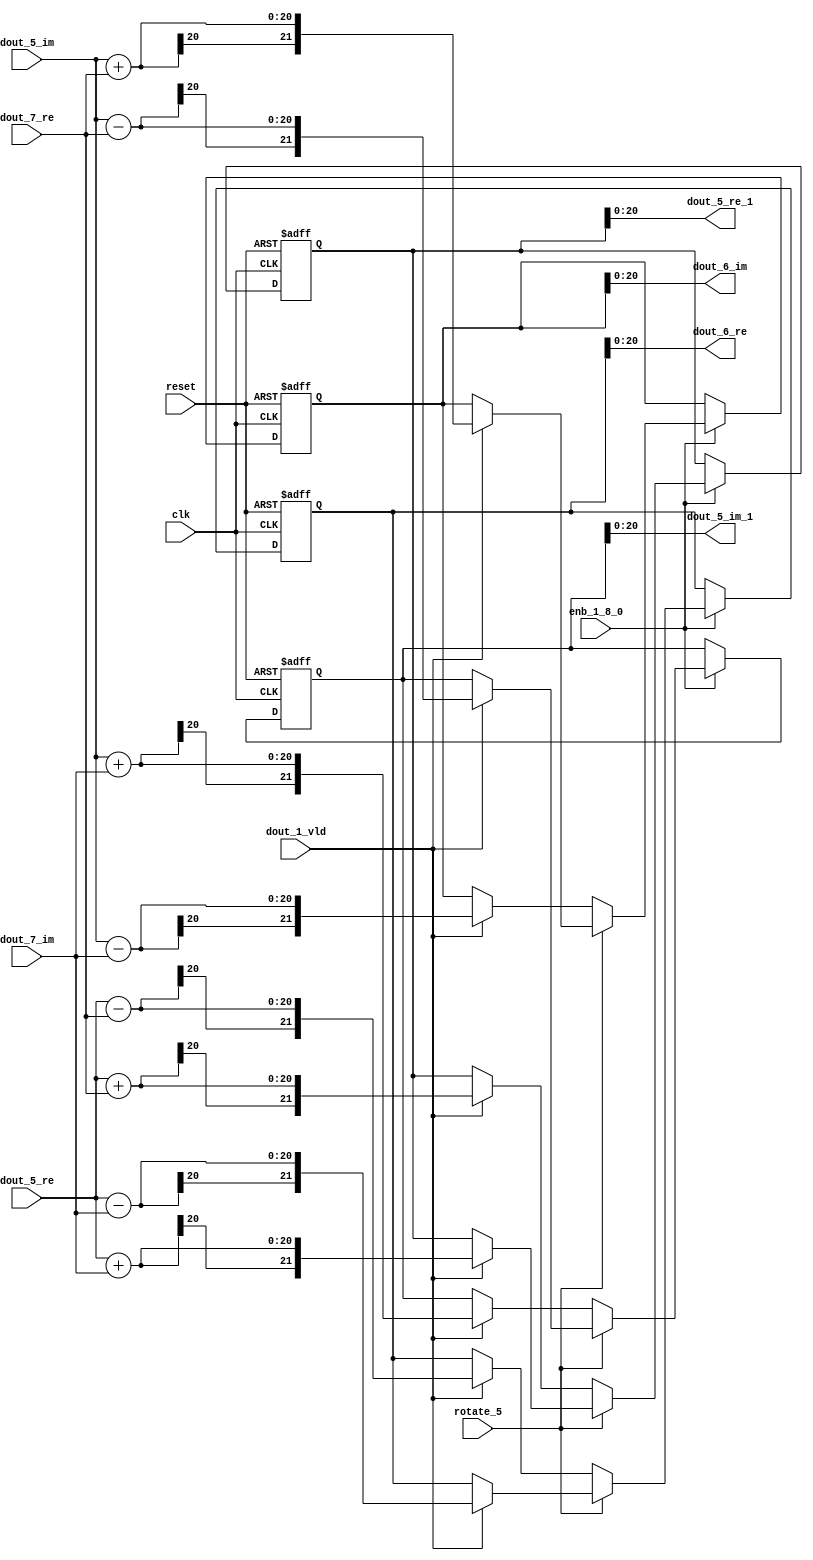
// -------------------------------------------------------------
// 
// 
// Generated by MATLAB 9.13 and HDL Coder 4.0
// 
// -------------------------------------------------------------


// -------------------------------------------------------------
// 
// Module: RADIX22FFT_SDNF2_4_block1
// Source Path: joe_fft/FFT/RADIX22FFT_SDNF2_4
// Hierarchy Level: 2
// 
// -------------------------------------------------------------

`timescale 1 ns / 1 ns

module RADIX22FFT_SDNF2_4_block1
          (clk,
           reset,
           enb_1_8_0,
           rotate_5,
           dout_5_re,
           dout_5_im,
           dout_7_re,
           dout_7_im,
           dout_1_vld,
           dout_5_re_1,
           dout_5_im_1,
           dout_6_re,
           dout_6_im);


  input   clk;
  input   reset;
  input   enb_1_8_0;
  input   rotate_5;  // ufix1
  input   signed [19:0] dout_5_re;  // sfix20
  input   signed [19:0] dout_5_im;  // sfix20
  input   signed [19:0] dout_7_re;  // sfix20
  input   signed [19:0] dout_7_im;  // sfix20
  input   dout_1_vld;
  output  signed [20:0] dout_5_re_1;  // sfix21
  output  signed [20:0] dout_5_im_1;  // sfix21
  output  signed [20:0] dout_6_re;  // sfix21
  output  signed [20:0] dout_6_im;  // sfix21


  wire signed [20:0] din1_re;  // sfix21
  wire signed [20:0] din1_im;  // sfix21
  wire signed [20:0] din2_re;  // sfix21
  wire signed [20:0] din2_im;  // sfix21
  reg  Radix22ButterflyG2_NF_din_vld_dly;
  reg signed [21:0] Radix22ButterflyG2_NF_btf1_re_reg;  // sfix22
  reg signed [21:0] Radix22ButterflyG2_NF_btf1_im_reg;  // sfix22
  reg signed [21:0] Radix22ButterflyG2_NF_btf2_re_reg;  // sfix22
  reg signed [21:0] Radix22ButterflyG2_NF_btf2_im_reg;  // sfix22
  reg  Radix22ButterflyG2_NF_din_vld_dly_next;
  reg signed [21:0] Radix22ButterflyG2_NF_btf1_re_reg_next;  // sfix22
  reg signed [21:0] Radix22ButterflyG2_NF_btf1_im_reg_next;  // sfix22
  reg signed [21:0] Radix22ButterflyG2_NF_btf2_re_reg_next;  // sfix22
  reg signed [21:0] Radix22ButterflyG2_NF_btf2_im_reg_next;  // sfix22
  reg signed [20:0] dout_5_re_2;  // sfix21
  reg signed [20:0] dout_5_im_2;  // sfix21
  reg signed [20:0] dout_6_re_1;  // sfix21
  reg signed [20:0] dout_6_im_1;  // sfix21
  reg  dout_4_vld;
  reg signed [21:0] Radix22ButterflyG2_NF_t_0_0;  // sfix22
  reg signed [21:0] Radix22ButterflyG2_NF_t_1;  // sfix22
  reg signed [21:0] Radix22ButterflyG2_NF_t_2_0;  // sfix22
  reg signed [21:0] Radix22ButterflyG2_NF_t_3;  // sfix22
  reg signed [21:0] Radix22ButterflyG2_NF_t_4_0;  // sfix22
  reg signed [21:0] Radix22ButterflyG2_NF_t_5;  // sfix22
  reg signed [21:0] Radix22ButterflyG2_NF_t_6_0;  // sfix22
  reg signed [21:0] Radix22ButterflyG2_NF_t_7;  // sfix22
  reg signed [21:0] Radix22ButterflyG2_NF_t_8_0;  // sfix22
  reg signed [21:0] Radix22ButterflyG2_NF_t_9;  // sfix22
  reg signed [21:0] Radix22ButterflyG2_NF_t_10;  // sfix22
  reg signed [21:0] Radix22ButterflyG2_NF_t_11;  // sfix22
  reg signed [21:0] Radix22ButterflyG2_NF_t_12;  // sfix22
  reg signed [21:0] Radix22ButterflyG2_NF_t_13;  // sfix22
  reg signed [21:0] Radix22ButterflyG2_NF_t_14;  // sfix22
  reg signed [21:0] Radix22ButterflyG2_NF_t_15;  // sfix22


  assign din1_re = {dout_5_re[19], dout_5_re};



  assign din1_im = {dout_5_im[19], dout_5_im};



  assign din2_re = {dout_7_re[19], dout_7_re};



  assign din2_im = {dout_7_im[19], dout_7_im};



  // Radix22ButterflyG2_NF
  always @(posedge clk or posedge reset)
    begin : Radix22ButterflyG2_NF_process
      if (reset == 1'b1) begin
        Radix22ButterflyG2_NF_din_vld_dly <= 1'b0;
        Radix22ButterflyG2_NF_btf1_re_reg <= 22'sb0000000000000000000000;
        Radix22ButterflyG2_NF_btf1_im_reg <= 22'sb0000000000000000000000;
        Radix22ButterflyG2_NF_btf2_re_reg <= 22'sb0000000000000000000000;
        Radix22ButterflyG2_NF_btf2_im_reg <= 22'sb0000000000000000000000;
      end
      else begin
        if (enb_1_8_0) begin
          Radix22ButterflyG2_NF_din_vld_dly <= Radix22ButterflyG2_NF_din_vld_dly_next;
          Radix22ButterflyG2_NF_btf1_re_reg <= Radix22ButterflyG2_NF_btf1_re_reg_next;
          Radix22ButterflyG2_NF_btf1_im_reg <= Radix22ButterflyG2_NF_btf1_im_reg_next;
          Radix22ButterflyG2_NF_btf2_re_reg <= Radix22ButterflyG2_NF_btf2_re_reg_next;
          Radix22ButterflyG2_NF_btf2_im_reg <= Radix22ButterflyG2_NF_btf2_im_reg_next;
        end
      end
    end

  always @(Radix22ButterflyG2_NF_btf1_im_reg, Radix22ButterflyG2_NF_btf1_re_reg,
       Radix22ButterflyG2_NF_btf2_im_reg, Radix22ButterflyG2_NF_btf2_re_reg,
       Radix22ButterflyG2_NF_din_vld_dly, din1_im, din1_re, din2_im, din2_re,
       dout_1_vld, rotate_5) begin
    Radix22ButterflyG2_NF_t_0_0 = 22'sb0000000000000000000000;
    Radix22ButterflyG2_NF_t_1 = 22'sb0000000000000000000000;
    Radix22ButterflyG2_NF_t_2_0 = 22'sb0000000000000000000000;
    Radix22ButterflyG2_NF_t_3 = 22'sb0000000000000000000000;
    Radix22ButterflyG2_NF_t_4_0 = 22'sb0000000000000000000000;
    Radix22ButterflyG2_NF_t_5 = 22'sb0000000000000000000000;
    Radix22ButterflyG2_NF_t_6_0 = 22'sb0000000000000000000000;
    Radix22ButterflyG2_NF_t_7 = 22'sb0000000000000000000000;
    Radix22ButterflyG2_NF_t_8_0 = 22'sb0000000000000000000000;
    Radix22ButterflyG2_NF_t_9 = 22'sb0000000000000000000000;
    Radix22ButterflyG2_NF_t_10 = 22'sb0000000000000000000000;
    Radix22ButterflyG2_NF_t_11 = 22'sb0000000000000000000000;
    Radix22ButterflyG2_NF_t_12 = 22'sb0000000000000000000000;
    Radix22ButterflyG2_NF_t_13 = 22'sb0000000000000000000000;
    Radix22ButterflyG2_NF_t_14 = 22'sb0000000000000000000000;
    Radix22ButterflyG2_NF_t_15 = 22'sb0000000000000000000000;
    Radix22ButterflyG2_NF_btf1_re_reg_next = Radix22ButterflyG2_NF_btf1_re_reg;
    Radix22ButterflyG2_NF_btf1_im_reg_next = Radix22ButterflyG2_NF_btf1_im_reg;
    Radix22ButterflyG2_NF_btf2_re_reg_next = Radix22ButterflyG2_NF_btf2_re_reg;
    Radix22ButterflyG2_NF_btf2_im_reg_next = Radix22ButterflyG2_NF_btf2_im_reg;
    Radix22ButterflyG2_NF_din_vld_dly_next = dout_1_vld;
    if (rotate_5 != 1'b0) begin
      if (dout_1_vld) begin
        Radix22ButterflyG2_NF_t_0_0 = {din1_re[20], din1_re};
        Radix22ButterflyG2_NF_t_1 = {din2_im[20], din2_im};
        Radix22ButterflyG2_NF_btf1_re_reg_next = Radix22ButterflyG2_NF_t_0_0 + Radix22ButterflyG2_NF_t_1;
        Radix22ButterflyG2_NF_t_2_0 = {din1_re[20], din1_re};
        Radix22ButterflyG2_NF_t_3 = {din2_im[20], din2_im};
        Radix22ButterflyG2_NF_btf2_re_reg_next = Radix22ButterflyG2_NF_t_2_0 - Radix22ButterflyG2_NF_t_3;
        Radix22ButterflyG2_NF_t_4_0 = {din1_im[20], din1_im};
        Radix22ButterflyG2_NF_t_5 = {din2_re[20], din2_re};
        Radix22ButterflyG2_NF_btf2_im_reg_next = Radix22ButterflyG2_NF_t_4_0 + Radix22ButterflyG2_NF_t_5;
        Radix22ButterflyG2_NF_t_6_0 = {din1_im[20], din1_im};
        Radix22ButterflyG2_NF_t_7 = {din2_re[20], din2_re};
        Radix22ButterflyG2_NF_btf1_im_reg_next = Radix22ButterflyG2_NF_t_6_0 - Radix22ButterflyG2_NF_t_7;
      end
    end
    else if (dout_1_vld) begin
      Radix22ButterflyG2_NF_t_8_0 = {din1_re[20], din1_re};
      Radix22ButterflyG2_NF_t_9 = {din2_re[20], din2_re};
      Radix22ButterflyG2_NF_btf1_re_reg_next = Radix22ButterflyG2_NF_t_8_0 + Radix22ButterflyG2_NF_t_9;
      Radix22ButterflyG2_NF_t_10 = {din1_re[20], din1_re};
      Radix22ButterflyG2_NF_t_11 = {din2_re[20], din2_re};
      Radix22ButterflyG2_NF_btf2_re_reg_next = Radix22ButterflyG2_NF_t_10 - Radix22ButterflyG2_NF_t_11;
      Radix22ButterflyG2_NF_t_12 = {din1_im[20], din1_im};
      Radix22ButterflyG2_NF_t_13 = {din2_im[20], din2_im};
      Radix22ButterflyG2_NF_btf1_im_reg_next = Radix22ButterflyG2_NF_t_12 + Radix22ButterflyG2_NF_t_13;
      Radix22ButterflyG2_NF_t_14 = {din1_im[20], din1_im};
      Radix22ButterflyG2_NF_t_15 = {din2_im[20], din2_im};
      Radix22ButterflyG2_NF_btf2_im_reg_next = Radix22ButterflyG2_NF_t_14 - Radix22ButterflyG2_NF_t_15;
    end
    dout_5_re_2 = Radix22ButterflyG2_NF_btf1_re_reg[20:0];
    dout_5_im_2 = Radix22ButterflyG2_NF_btf1_im_reg[20:0];
    dout_6_re_1 = Radix22ButterflyG2_NF_btf2_re_reg[20:0];
    dout_6_im_1 = Radix22ButterflyG2_NF_btf2_im_reg[20:0];
    dout_4_vld = Radix22ButterflyG2_NF_din_vld_dly;
  end



  assign dout_5_re_1 = dout_5_re_2;

  assign dout_5_im_1 = dout_5_im_2;

  assign dout_6_re = dout_6_re_1;

  assign dout_6_im = dout_6_im_1;

endmodule  // RADIX22FFT_SDNF2_4_block1